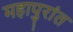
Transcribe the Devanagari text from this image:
महापुरांत